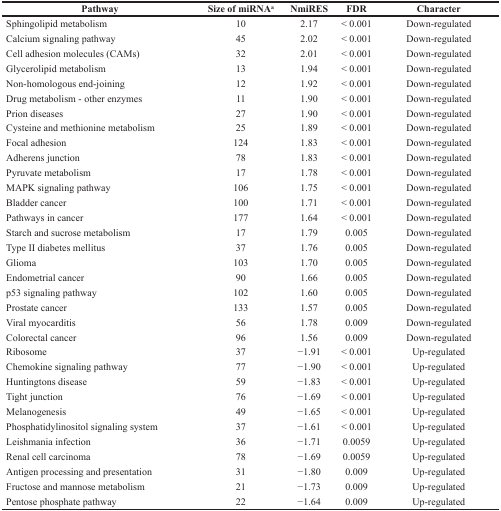
<table><thead><tr><td><b>Pathway</b></td><td><b>Size of miRNA<sup>a</sup></b></td><td><b>NmiRES</b></td><td><b>FDR</b></td><td><b>Character</b></td></tr></thead><tbody><tr><td>Sphingolipid metabolism</td><td>10</td><td>2.17</td><td>&lt; 0.001</td><td>Down-regulated</td></tr><tr><td>Calcium signaling pathway</td><td>45</td><td>2.02</td><td>&lt; 0.001</td><td>Down-regulated</td></tr><tr><td>Cell adhesion molecules (CAMs)</td><td>32</td><td>2.01</td><td>&lt; 0.001</td><td>Down-regulated</td></tr><tr><td>Glycerolipid metabolism</td><td>13</td><td>1.94</td><td>&lt; 0.001</td><td>Down-regulated</td></tr><tr><td>Non-homologous end-joining</td><td>12</td><td>1.92</td><td>&lt; 0.001</td><td>Down-regulated</td></tr><tr><td>Drug metabolism - other enzymes</td><td>11</td><td>1.90</td><td>&lt; 0.001</td><td>Down-regulated</td></tr><tr><td>Prion diseases</td><td>27</td><td>1.90</td><td>&lt; 0.001</td><td>Down-regulated</td></tr><tr><td>Cysteine and methionine metabolism</td><td>25</td><td>1.89</td><td>&lt; 0.001</td><td>Down-regulated</td></tr><tr><td>Focal adhesion</td><td>124</td><td>1.83</td><td>&lt; 0.001</td><td>Down-regulated</td></tr><tr><td>Adherens junction</td><td>78</td><td>1.83</td><td>&lt; 0.001</td><td>Down-regulated</td></tr><tr><td>Pyruvate metabolism</td><td>17</td><td>1.78</td><td>&lt; 0.001</td><td>Down-regulated</td></tr><tr><td>MAPK signaling pathway</td><td>106</td><td>1.75</td><td>&lt; 0.001</td><td>Down-regulated</td></tr><tr><td>Bladder cancer</td><td>100</td><td>1.71</td><td>&lt; 0.001</td><td>Down-regulated</td></tr><tr><td>Pathways in cancer</td><td>177</td><td>1.64</td><td>&lt; 0.001</td><td>Down-regulated</td></tr><tr><td>Starch and sucrose metabolism</td><td>17</td><td>1.79</td><td>0.005</td><td>Down-regulated</td></tr><tr><td>Type II diabetes mellitus</td><td>37</td><td>1.76</td><td>0.005</td><td>Down-regulated</td></tr><tr><td>Glioma</td><td>103</td><td>1.70</td><td>0.005</td><td>Down-regulated</td></tr><tr><td>Endometrial cancer</td><td>90</td><td>1.66</td><td>0.005</td><td>Down-regulated</td></tr><tr><td>p53 signaling pathway</td><td>102</td><td>1.60</td><td>0.005</td><td>Down-regulated</td></tr><tr><td>Prostate cancer</td><td>133</td><td>1.57</td><td>0.005</td><td>Down-regulated</td></tr><tr><td>Viral myocarditis</td><td>56</td><td>1.78</td><td>0.009</td><td>Down-regulated</td></tr><tr><td>Colorectal cancer</td><td>96</td><td>1.56</td><td>0.009</td><td>Down-regulated</td></tr><tr><td>Ribosome</td><td>37</td><td>−1.91</td><td>&lt; 0.001</td><td>Up-regulated</td></tr><tr><td>Chemokine signaling pathway</td><td>77</td><td>−1.90</td><td>&lt; 0.001</td><td>Up-regulated</td></tr><tr><td>Huntingtons disease</td><td>59</td><td>−1.83</td><td>&lt; 0.001</td><td>Up-regulated</td></tr><tr><td>Tight junction</td><td>76</td><td>−1.69</td><td>&lt; 0.001</td><td>Up-regulated</td></tr><tr><td>Melanogenesis</td><td>49</td><td>−1.65</td><td>&lt; 0.001</td><td>Up-regulated</td></tr><tr><td>Phosphatidylinositol signaling system</td><td>37</td><td>−1.61</td><td>&lt; 0.001</td><td>Up-regulated</td></tr><tr><td>Leishmania infection</td><td>36</td><td>−1.71</td><td>0.0059</td><td>Up-regulated</td></tr><tr><td>Renal cell carcinoma</td><td>78</td><td>−1.69</td><td>0.0059</td><td>Up-regulated</td></tr><tr><td>Antigen processing and presentation</td><td>31</td><td>−1.80</td><td>0.009</td><td>Up-regulated</td></tr><tr><td>Fructose and mannose metabolism</td><td>21</td><td>−1.73</td><td>0.009</td><td>Up-regulated</td></tr><tr><td>Pentose phosphate pathway</td><td>22</td><td>−1.64</td><td>0.009</td><td>Up-regulated</td></tr></tbody></table>